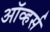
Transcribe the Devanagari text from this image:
ऑव्हर्स